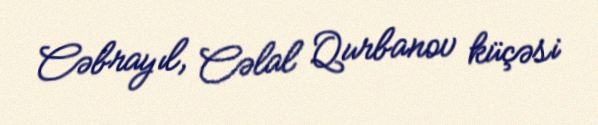
Cəbrayıl, Cəlal Qurbanov küçəsi